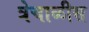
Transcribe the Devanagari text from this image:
त्रेचाळीस